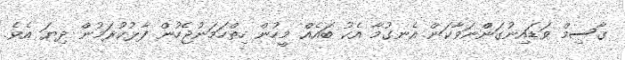
ގާސިމް ވަޑައިނުގަންްނަވާކަން އެނގުމާ އެކު ބައެއް މީހުން ހިތްހަމަނުޖެހުން ފާޅުކުރަމުން ދިޔަ އެވެ.